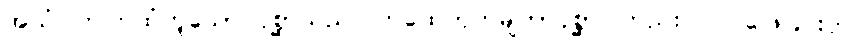
အယံ၊ ဤကထံဟူသော ပုစ္ဆာသည်။ ကထေတုကမျတာပုစ္ဆာ၊ တည်း။ ဝါ၊ ဖြေခြင်းငှာ